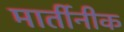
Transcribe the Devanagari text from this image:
मार्तीनीक